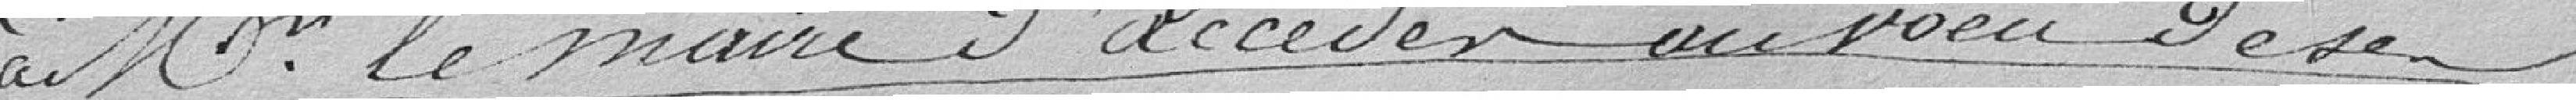
à Mr. le Maire d'accéder au voeu de ses